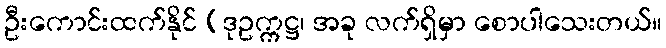
ဦးကောင်းထက်နိုင် (ဒုဥက္ကဋ္ဌ၊ အခု လက်ရှိမှာ စောပါသေးတယ်။